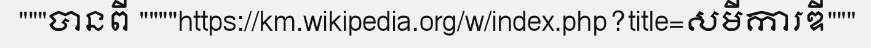
"""បានពី """"https://km.wikipedia.org/w/index.php?title=សមីការឌី"""